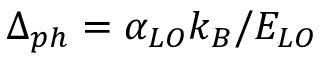
\Delta _ { p h } = \alpha _ { L O } k _ { B } / E _ { L O }